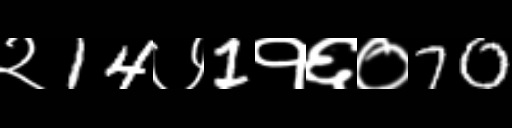
Text: २14७1१६०70